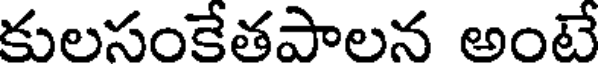
కులసంకేతపాలన అంటే